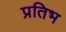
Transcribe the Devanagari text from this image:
प्रतिभ